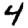
Digit: 4